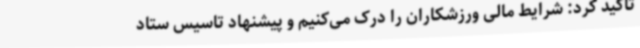
تاکید کرد: شرایط مالی ورزشکاران را درک می‌کنیم و پیشنهاد تاسیس ستاد